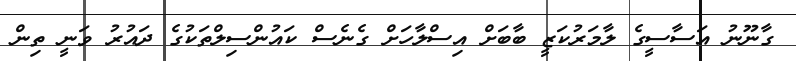
ގާނޫނު އަސާސީގެ ލާމަރުކަޒީ ބާބަށް އިސްލާހަށް ގެނެސް ކައުންސިލްތަކުގެ ދައުރު ވަނީ ތިން